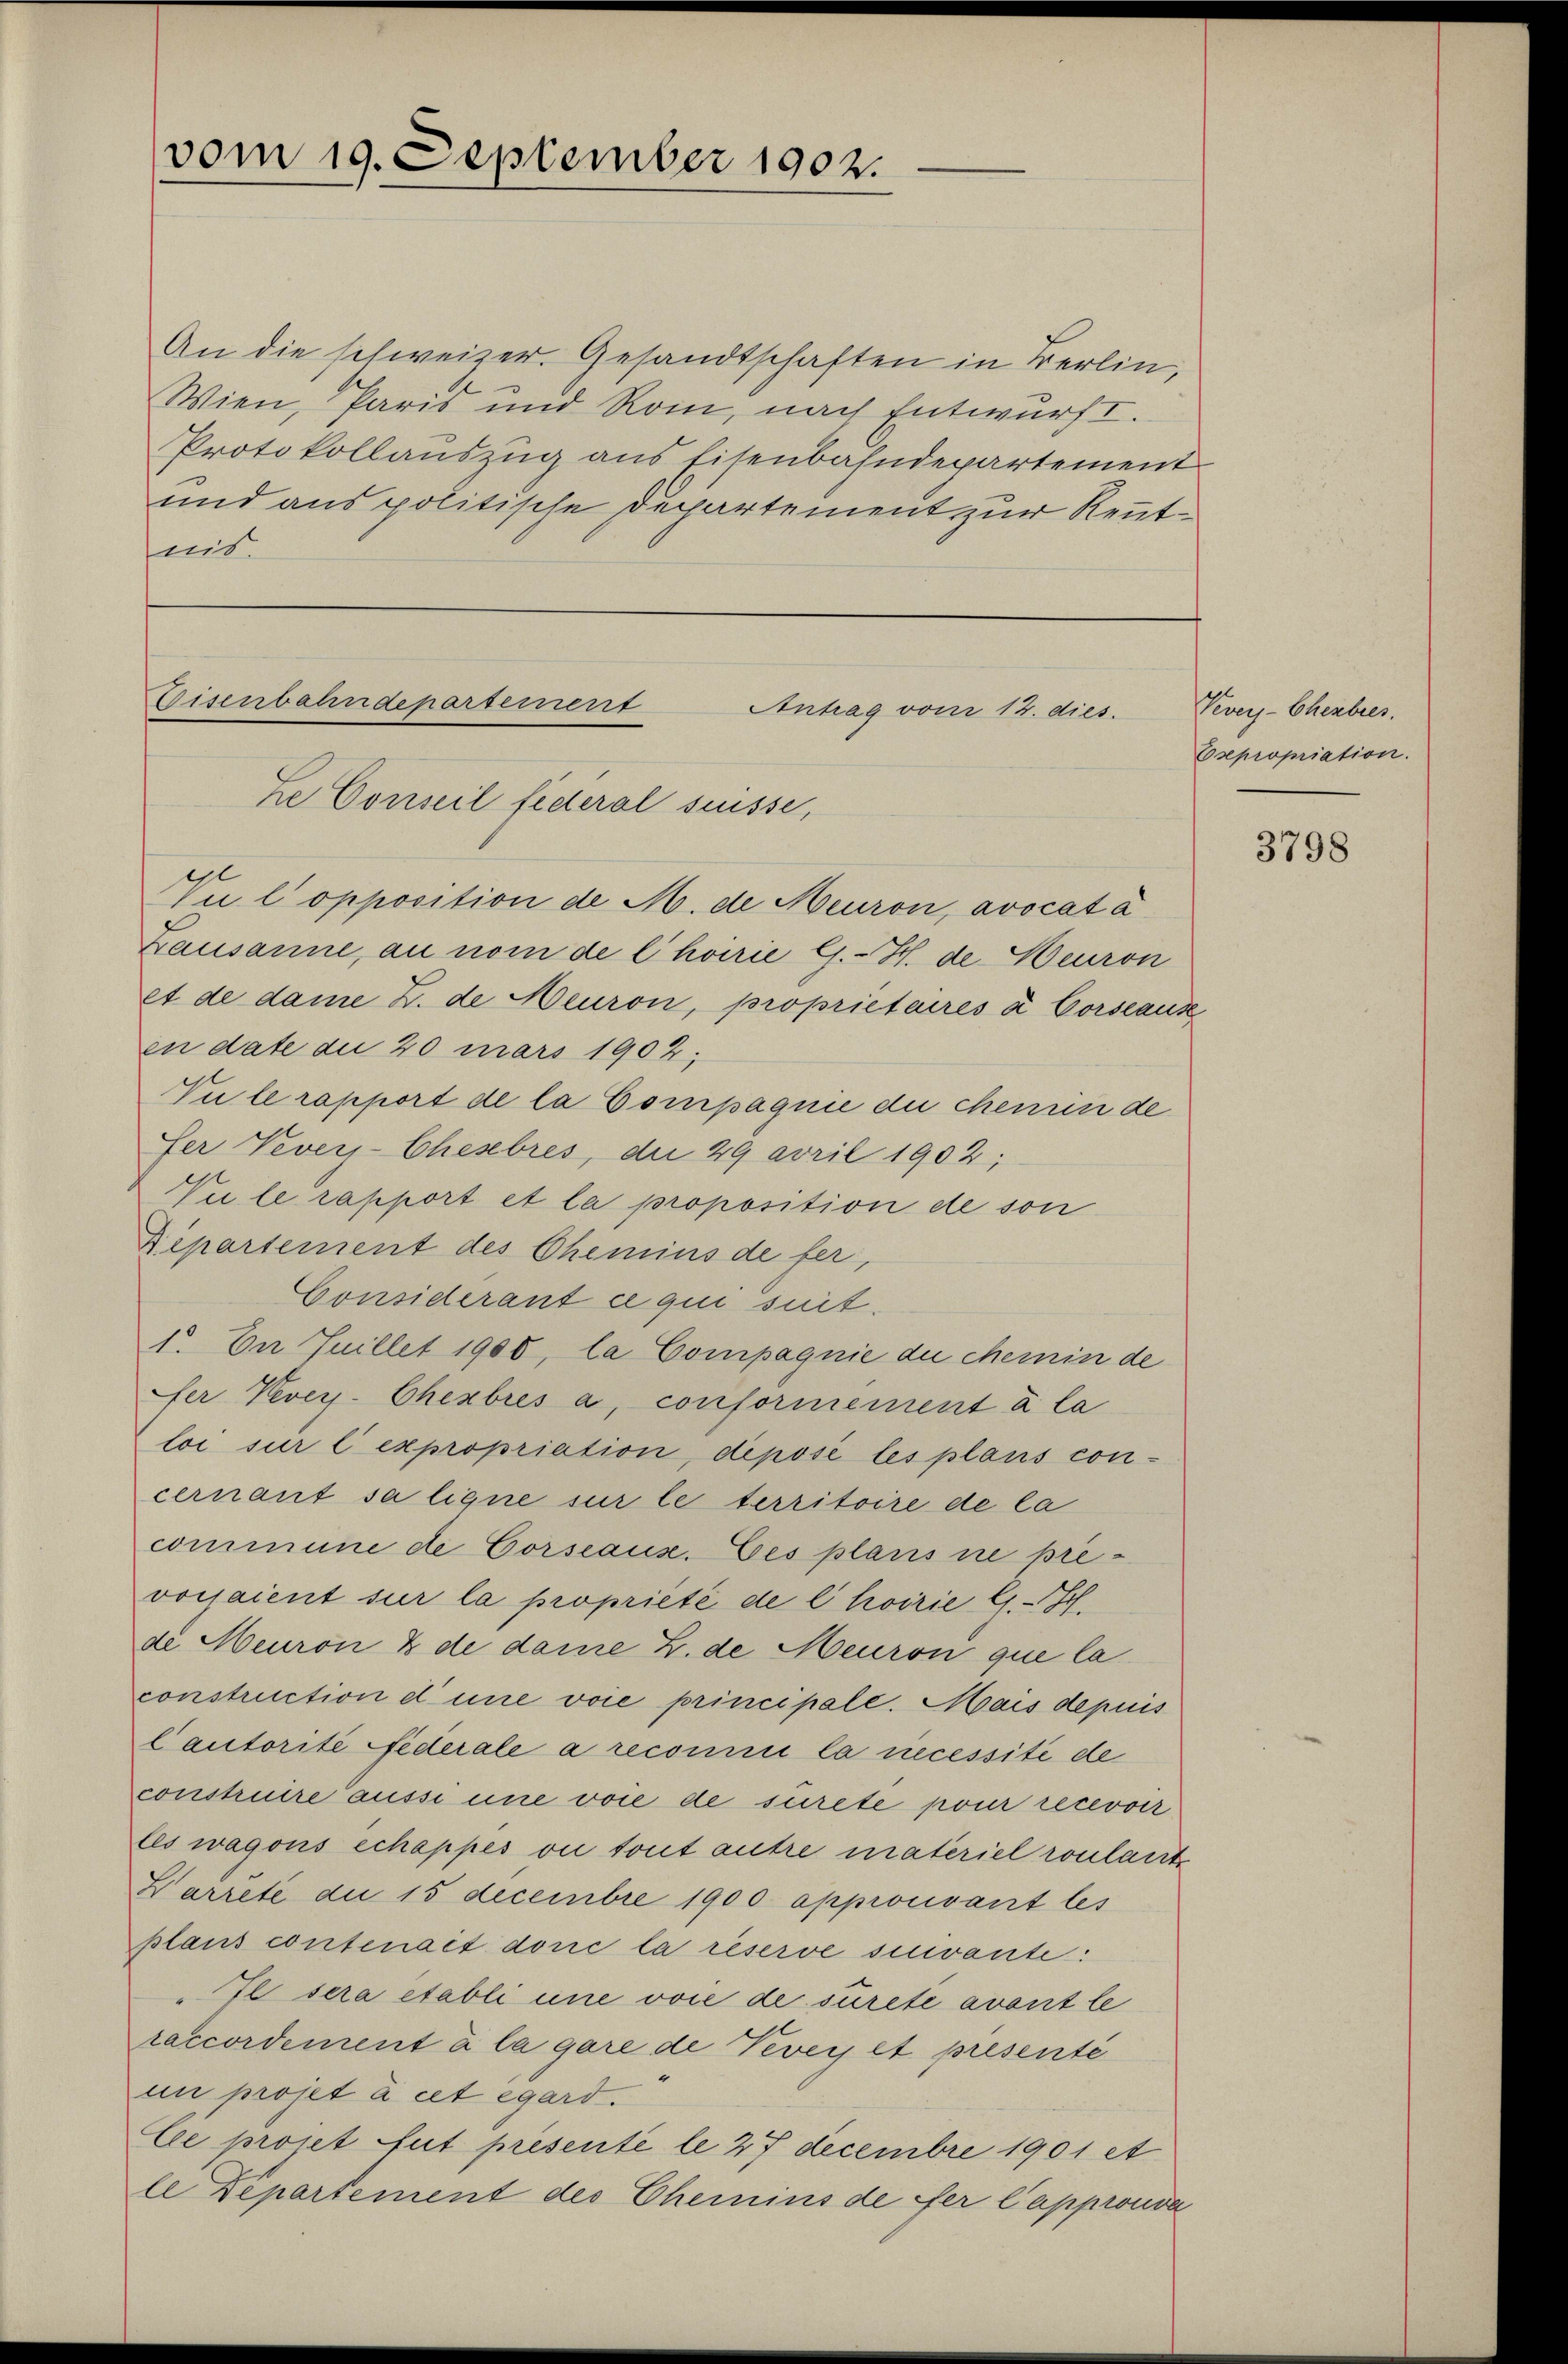
vom 19. September 1902.

An die schweizer. Gesandtschaften in Berlin,
Wien, Paris und Rom, nach Entwurf I.
Protokollauszug aus Eisenbahndepartement
und aus politische Departement zur Renntnis.

Eisenbahndepartement
Antrag vom 12. dies
ze Conseil fideral suisse,

Vul opposition de M. de Meuron, avocata
Lausanne, an nom de l’hoirie G. H. de Beuron
et de dame Z. de Meuron, proprieteres à Corseause
en date du 20 mars 1902;
Vu le rapport de la Compagnie die Menunde
fer Veveys-Chesbres, die 29 avril 1902;
Vei le rapport et la proposition de son
Departement des Chemins de fer,
Considerant ce qui suit.
1. En Juillet 1900, la Compagnie die Meinin de
fer Kevey- Chexbrés a, conformément à la
loi sur lexpropriation, depose les plans con-
cernant sa ligne sur le territoire de la
commune de Corseaus. Ees plans ne prevorjaient sur la propriété de l’hoirie l. Hch.
de Meuron & de dame Z. de Meuron que la
construction d’une voie principale. Mais depuis
Cautorité federale a reconnii la necessité de
construire aussi une vor de surete pour recevoir
les wagons échappes ou tout autre materiel roulant
Warreté du 15 Decembre 1900 approuvant les
plans contenait doric la réserve suivante:
"Il sera etabli eine voie de surete avant le
raccordement à la gare de Vevey et presenté
im projet à cet égard.
Ee proiet fut présenté le 27 Decembre 1901 et
le Departement des Chemins de fer Capprouva

Veveys-Cherbres.
Expropriation.

3798